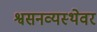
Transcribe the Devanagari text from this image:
श्वसनव्यस्थेवर